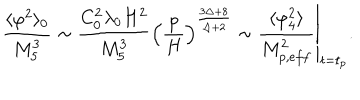
\frac { \langle \varphi ^ { 2 } \rangle _ { 0 } } { M _ { 5 } ^ { 3 } } \sim \frac { C _ { 0 } ^ { 2 } \lambda _ { 0 } H ^ { 2 } } { M _ { 5 } ^ { 3 } } \left( \frac { p } { H } \right) ^ { \frac { 3 \Delta + 8 } { \Delta + 2 } } \sim \left. \frac { \langle \varphi _ { 4 } ^ { 2 } \rangle } { M _ { p , e f f } ^ { 2 } } \right\vert _ { t = t _ { p } } .